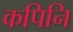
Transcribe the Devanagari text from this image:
कपिनि